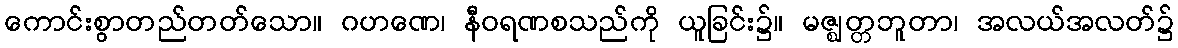
ကောင်းစွာတည်တတ်သော။ ဂဟဏေ၊ နီဝရဏစသည်ကို ယူခြင်း၌။ မဇ္ဈတ္တဘူတာ၊ အလယ်အလတ်၌